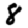
Digit: 8